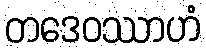
တဒေဝဿာဟံ